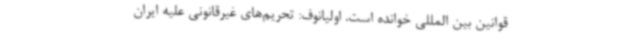
قوانین بین المللی خوانده است. اولیانوف: تحریم‌های غیرقانونی علیه ایران